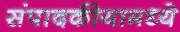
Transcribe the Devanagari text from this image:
संपादकीयामध्ये